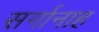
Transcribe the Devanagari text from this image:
सर्गानाह